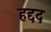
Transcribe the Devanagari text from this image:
हद्दद